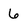
Character: 6